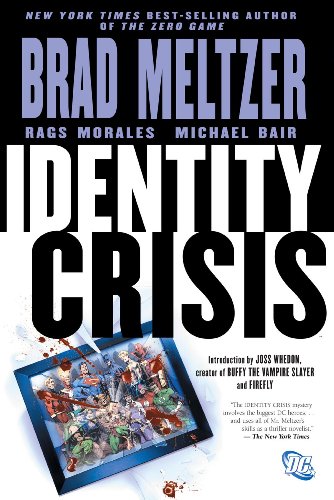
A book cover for Identity Crisis; Brad Meltzer; Comics & Graphic Novels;